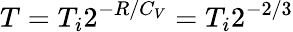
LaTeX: T=T_{i}2^{-R/C_{V}}=T_{i}2^{-2/3}